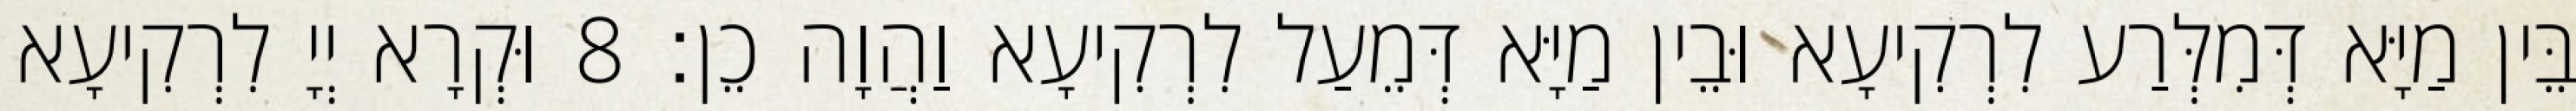
בֵּין מַיָּא דְּמִלְּרַע לִרְקִיעָא וּבֵין מַיָּא דְּמֵעַל לִרְקִיעָא וַהֲוָה כֵן׃ 8 וּקְרָא יְיָ לִרְקִיעָא